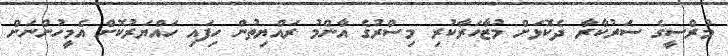
މުރްސީގެ ސަރުކާރާ ދެކޮޅަށް މުޒާހަރާކުރި މިސްރުގެ އާންމު ރައްޔިތުން ހިފައި ހައްޔަރުކޮށް އެމީހުންނަށް